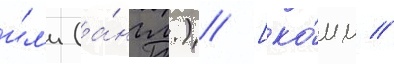
и́л'и (а́нгл.) [ко́мм //